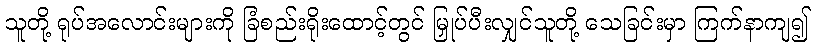
သူတို့ ရုပ်အလောင်းများကို ခြံစည်းရိုးထောင့်တွင် မြှုပ်ပီးလျှင်သူတို့ သေခြင်းမှာ ကြက်နာကျ၍